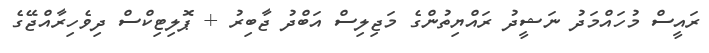
ރައީސް މުހައްމަދު ނަޝީދު ރައްޔިތުންގެ މަޖިލިސް އަބްދު ޖާބިރު + ޕޮލިޓިކްސް ދިވެހިރާއްޖޭގެ